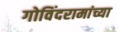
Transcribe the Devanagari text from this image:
गोविंदरामांच्या